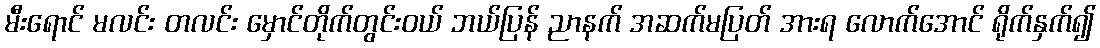
မီးရောင် မလင်း တလင်း မှောင်တိုက်တွင်းဝယ် ဘယ်ပြန် ညာနက် အဆက်မပြတ် အားရ လောက်အောင် ရိုက်နှက်၍